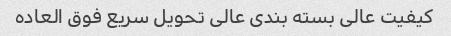
کیفیت عالی بسته بندی عالی تحویل سریع فوق العاده